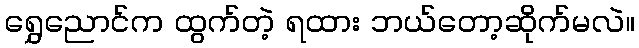
ရွှေညောင်က ထွက်တဲ့ ရထား ဘယ်တော့ဆိုက်မလဲ။